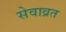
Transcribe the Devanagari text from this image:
सेवाव्रत